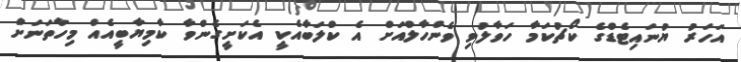
އަހަރު ޔުނައިޓެޑްގެ ކޯޗުކަމާ ހަވާލުވި ވެންހާލްއަށް އެ ކްލަބާއެކީ އެކަށީގެންވާ ކާމިޔާބީއެއް މިހާތަނަށް